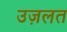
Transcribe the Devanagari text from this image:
उज़लत